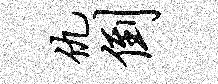
仇倒